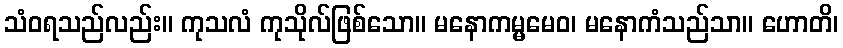
သံဝရသည်လည်း။ ကုသလံ ကုသိုလ်ဖြစ်သော။ မနောကမ္မမေဝ၊ မနောကံသည်သာ။ ဟောတိ၊